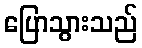
ပြောသွားသည်